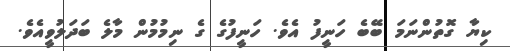
ކިޔާ ގޮތުންނަމަ ބޭބެ ހަނީފު އެވެ. ހަނީފުގެ ގެ ނިމުމުން މާލެ ބަދަލުވީއެވެ.